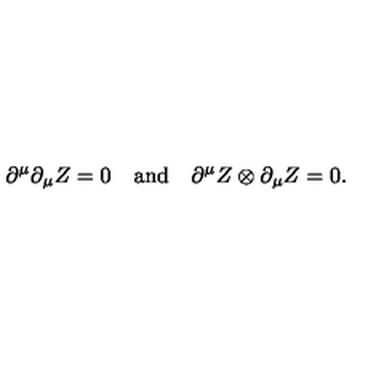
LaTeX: \partial ^ { \mu } \partial _ { \mu } Z = 0 \quad \mathrm { a n d } \quad \partial ^ { \mu } Z \otimes \partial _ { \mu } Z = 0 .